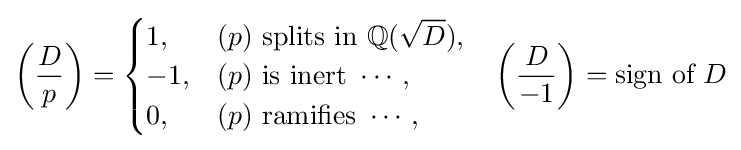
{\bigg (}{\frac {D}{p}}{\bigg )}={\begin{cases}1,&(p){\text{ splits in }}\mathbb {Q} ({\sqrt {D}}),\\-1,&(p){\text{ is inert }}\cdots ,\\0,&(p){\text{ ramifies }}\cdots ,\end{cases}}\quad {\bigg (}{\frac {D}{-1}}{\bigg )}={\text{sign of }}D